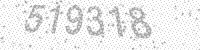
Solution: 519318